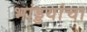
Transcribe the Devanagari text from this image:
भांड्डयांचा